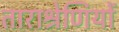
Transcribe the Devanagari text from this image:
ताराश्रेणियों